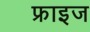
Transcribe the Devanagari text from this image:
फ्राइज